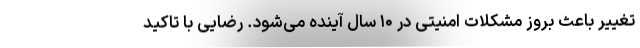
تغییر باعث بروز مشکلات امنیتی در ۱۰ سال آینده می‌شود. رضایی با تاکید